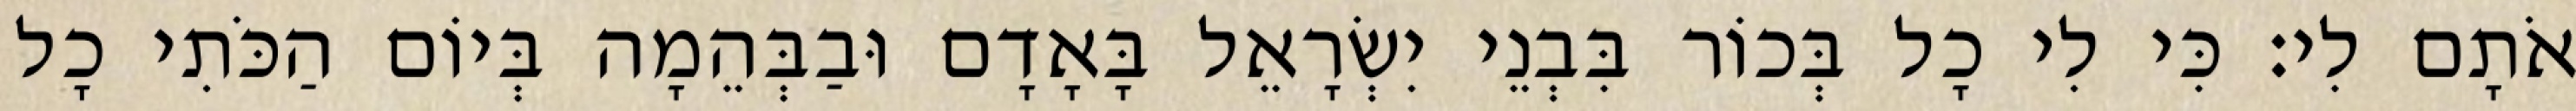
אֹתָם לִי׃ כִּי לִי כָל בְּכוֹר בִּבְנֵי יִשְׂרָאֵל בָּאָדָם וּבַבְּהֵמָה בְּיוֹם הַכֹּתִי כָל